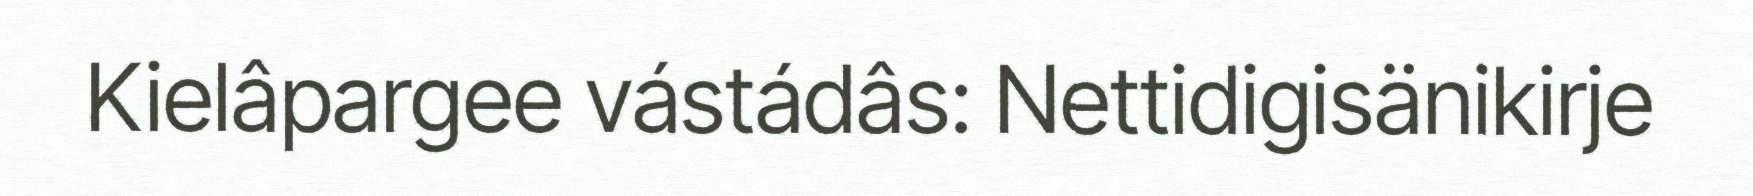
Kielâpargee vástádâs: Nettidigisänikirje